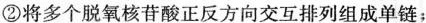
②将多个脱氧核苷酸正反方向交互排列组成单链；